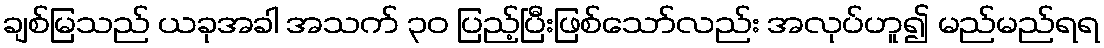
ချစ်မြသည် ယခုအခါ အသက် ၃၀ ပြည့်ပြီးဖြစ်သော်လည်း အလုပ်ဟူ၍ မည်မည်ရရ